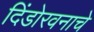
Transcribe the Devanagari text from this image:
दिंडोरवनाचे